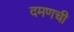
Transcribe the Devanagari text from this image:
दमणची